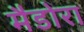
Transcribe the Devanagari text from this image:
मैडोरा